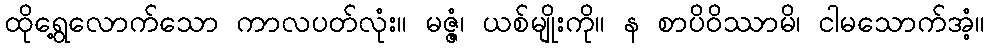
ထိုရွေ့လောက်သော ကာလပတ်လုံး။ မဇ္ဇံ၊ ယစ်မျိုးကို။ န စာပိဝိဿာမိ၊ ငါမသောက်အံ့။